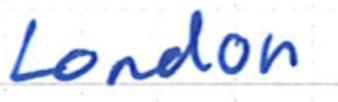
Text: London
Cross-out: clean
Writing tool: ballpoint